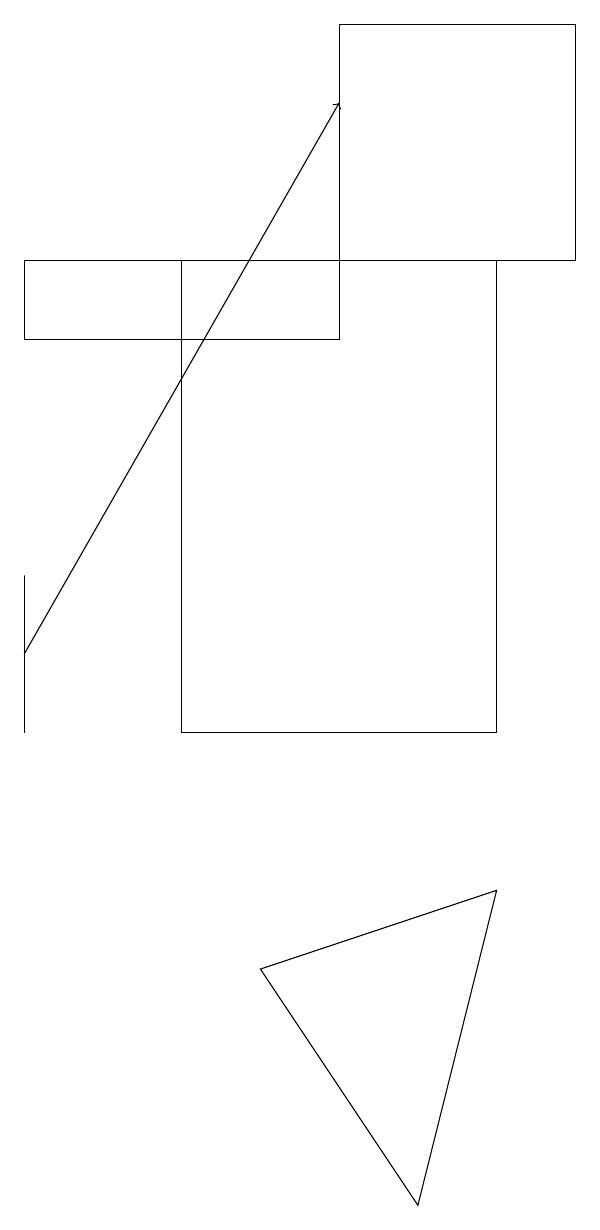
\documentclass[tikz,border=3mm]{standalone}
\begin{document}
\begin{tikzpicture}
\draw (8,16) rectangle (4,10);
\draw (2,10) rectangle (2,12);
\draw (6,19) rectangle (9,16);
\draw (6,15) rectangle (2,16);
\draw (8,8) -- (7,4) -- (5,7) -- cycle;
\draw[->] (2,11) -- (6,18);
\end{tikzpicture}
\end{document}